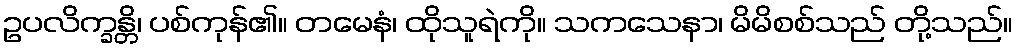
ဥပလိက္ခန္တိ၊ ပစ်ကုန်၏။ တမေနံ၊ ထိုသူရဲကို။ သကသေနာ၊ မိမိစစ်သည် တို့သည်။